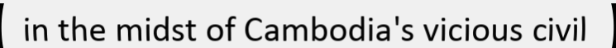
in the midst of Cambodia's vicious civil